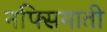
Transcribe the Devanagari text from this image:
नफ्सियाती